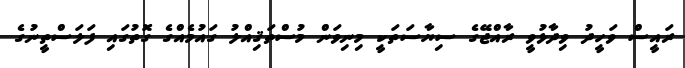
ރައީސް ވަހީދު ވިދާޅުވީ ރާއްޖޭގެ ސިޔާސަތަކީ މިނިވަން މުސްތަޤިއްލު ގައުމެއްގެ ގޮތުގައި ފަލަސްތީނުގެ